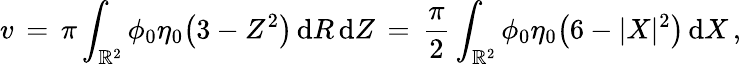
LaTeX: v\, =\, \pi\int_{\mathbb{R}^{2}}\phi_{0}\eta_{0}\bigl(3-Z^{2}\bigr)\, \mathrm{d}R\, \mathrm{d}Z\, =\, \frac{\pi}{2}\int_{\mathbb{R}^{2}}\phi_{0}\eta_{0}\bigl(6-|X|^{2}\bigr)\, \mathrm{d}X\, ,